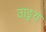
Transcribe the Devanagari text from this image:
वाङ्मय्